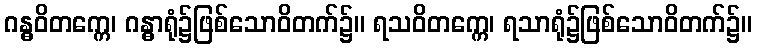
ဂန္ဓဝိတက္ကေ၊ ဂန္ဓာရုံ၌ဖြစ်သောဝိတက်၌။ ရသဝိတက္ကေ၊ ရသာရုံ၌ဖြစ်သောဝိတက်၌။